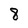
Character: 8